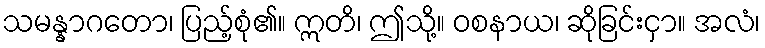
သမန္နာဂတော၊ ပြည့်စုံ၏။ ဣတိ၊ ဤသို့။ ဝစနာယ၊ ဆိုခြင်းငှာ။ အလံ၊